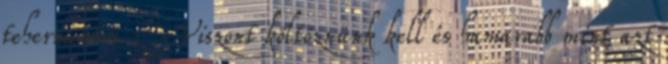
tehermentes : Viszont költöznünk kell és hamarabb mint azt